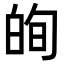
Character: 𭽕